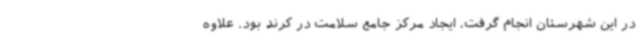
در این شهرستان انجام گرفت، ایجاد مرکز جامع سلامت در کرند بود. علاوه